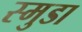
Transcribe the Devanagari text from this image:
स्मुडा